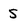
Character: 5